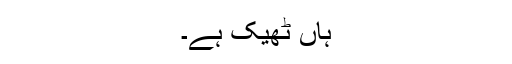
ہاں ٹھیک ہے۔